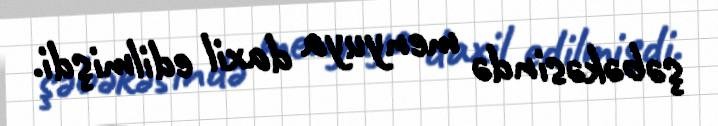
şəbəkəsində menyuya daxil edilmişdi.